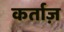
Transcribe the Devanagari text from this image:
कर्ताज़